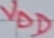
Text: VDD